Report of the Indian Hemp Drugs Commission, 1894-1895 - Volume III
Year: 1894
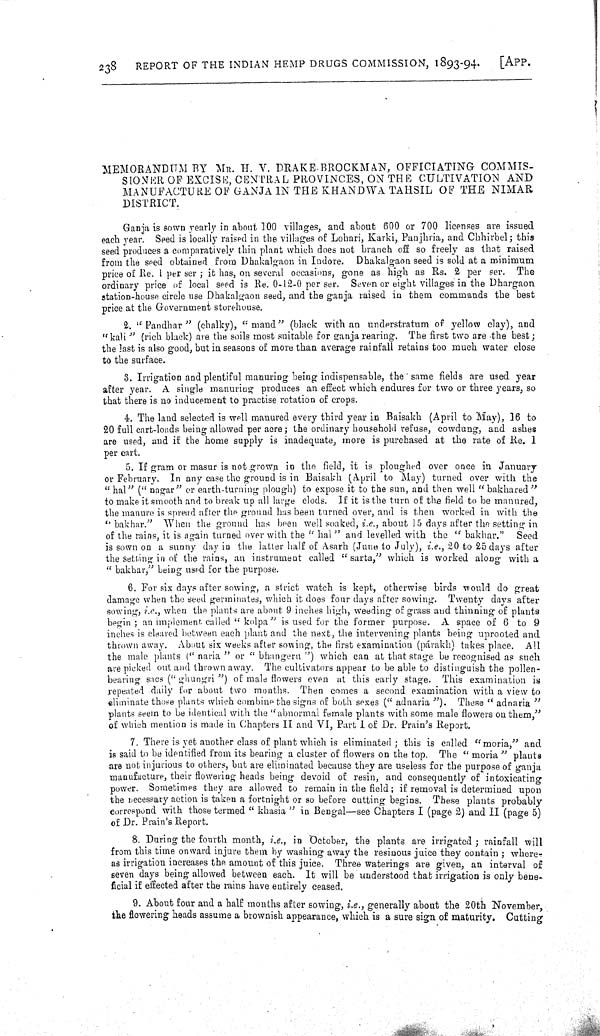
238
REPORT OF THE INDIAN HEMP DRUGS COMMISSION, 1893-94.
[APP.
MEMORANDUM BY MR. H. V. DRAKE BROCKMAN, OFFICIATING COMMIS-
SIONER OF EXCISE, CENTRAL PROVINCES, ON THE CULTIVATION AND
MANUFACTURE OF GANJA IN THE KHANDWA TAHSIL OF THE NIMAR
DISTRICT.
Ganja is sown yearly in about 100 villages, and about 600 or 700 licenses are issued
each year. Seed is locally raised in the villages of Lohari, Karki, Panjhria, and Chhirbel; this
seed produces a comparatively thin plant which does not branch off so freely as that raised
from the seed obtained from Dhakalgaon in Indore. Dhakalgaon seed is sold at a minimum
price of Re. 1 per ser; it has, on several occasions, gone as high as Rs. 2 per ser. The
ordinary price of local seed is Re. 0-12-0 per ser. Seven or eight villages in the Dhargaon
station-house circle use Dhakalgaon seed, and the ganja raised in them commands the best
price at the Government storehouse.
2. " Pandhar " (chalky), "mand" (black with an understratum of yellow clay), and
"kali" (rich black) are the soils most suitable for ganja rearing. The first two are the best;
the last is also good, but in seasons of more than average rainfall retains too much water close
to the surface.
3. Irrigation and plentiful manuring being indispensable, the same fields are used year
after year. A single manuring produces an effect which endures for two or three years, so
that there is no inducement to practise rotation of crops.
4. The land selected is well manured every third year in Baisakh (April to May), 16 to
20 full cart-loads being allowed per acre; the ordinary household refuse, cowdung, and ashes
are used, and if the home supply is inadequate, more is purchased at the rate of Re. 1
per cart.
5. If gram or masur is not grown in the field, it is ploughed over once in January
or February. In any case the ground is in Baisakh (April to May) turned over with the
" hal" (" nagar" or earth-turning plough) to expose it to the sun, and then well " bakhared"
to make it smooth and to break up all large clods. If it is the turn of the field to be manured,
the manure is spread after the ground has been turned over, and is then worked in with the
"bakhar." When the ground has been well soaked, i.e., about 15 days after the setting in
of the rains, it is again turned over with the " hal " and levelled with the " bakhar." Seed
is sown on a sunny day in the latter half of Asarh (June to July), i.e., 20 to 25 days after
the setting in of the rains, an instrument called " sarta," which is worked along with a
" bakhar," being used for the purpose.
6. For six days after sowing, a strict watch is kept, otherwise birds would do great
damage when the seed germinates, which it does four days after sowing. Twenty days after
sowing, i.e., when the plants are about 9 inches high, weeding of grass and thinning of plants
begin; an implement called " kolpa" is used for the former purpose. A space of 6 to 9
inches is cleared between each plant and the next, the intervening plants being uprooted and
thrown away. About six weeks after sowing, the first examination (párakh) takes place. All
the male plants (" naria " or " bhangern ") which can at that stage be recognised as such
are picked out and thrown away. The cultivators appear to be able to distinguish the pollen-
bearing sacs (" ghungri ") of male flowers even at this early stage. This examination is
repeated daily for about two months. Then comes a second examination with a view to
eliminate those plants which combine the signs of both sexes ("adnaria"). These " adnaria "
plants seem to be identical with the "abnormal female plants with some male flowers on them,"
of which mention is made in Chapters II and VI, Part I of Dr. Prain's Report.
7. There is yet another class of plant which is eliminated; this is called "moria," and
is said to be identified from its bearing a cluster of flowers on the top. The " moria " plants
are not injurious to others, but are eliminated because they are useless for the purpose of ganja
manufacture, their flowering heads being devoid of resin, and consequently of intoxicating
power. Sometimes they are allowed to remain in the field; if removal is determined upon
the necessary action is taken a fortnight or so before cutting begins. These plants probably
correspond with those termed " khasia " in Bengal-see Chapters I (page 2) and II (page 5)
of Dr. Prain's Report.
8. During the fourth month, i.e., in October, the plants are irrigated; rainfall will
from this time onward injure them by washing away the resinous juice they contain; where-
as irrigation increases the amount of this juice. Three waterings are given, an interval of
seven days being allowed between each. It will be understood that irrigation is only bene-
ficial if effected after the rains have entirely ceased.
9. About four and a half months after sowing, i.e., generally about the 20th November,
the flowering heads assume a brownish appearance, which is a sure sign of maturity. Cutting